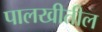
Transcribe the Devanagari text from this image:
पालखीतील